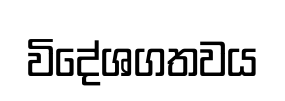
විදේශගතවය